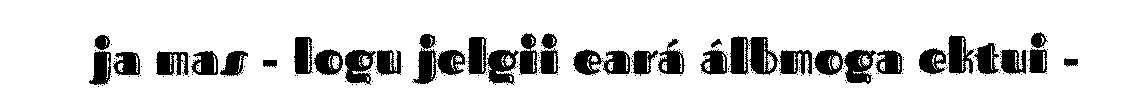
ja mas - logu jelgii eará álbmoga ektui -